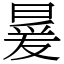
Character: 㬊